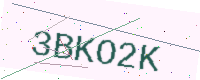
Text: 3BKO2K